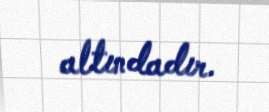
altındadır.